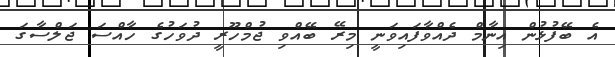
އެ ބޭފުޅުން އިނާމް ދެއްވާފައިވަނީ މިރޭ ބޭއްވި ޖުމްހޫރީ ދުވަހުގެ ހާއްސަ ޖަލްސާގަ